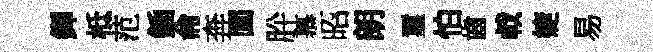
鐸柢范鍤侖奔圎肸慕昭朗璽怕齒㦸婕易